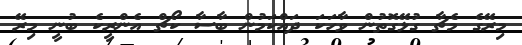
މިރޭގެ މެޗާ ގުޅޭގޮތުން ވާހަކަ ދައްކަމުން ބާސާ ކޯޗް އެންރީކެ ބުނީ މިރޭ